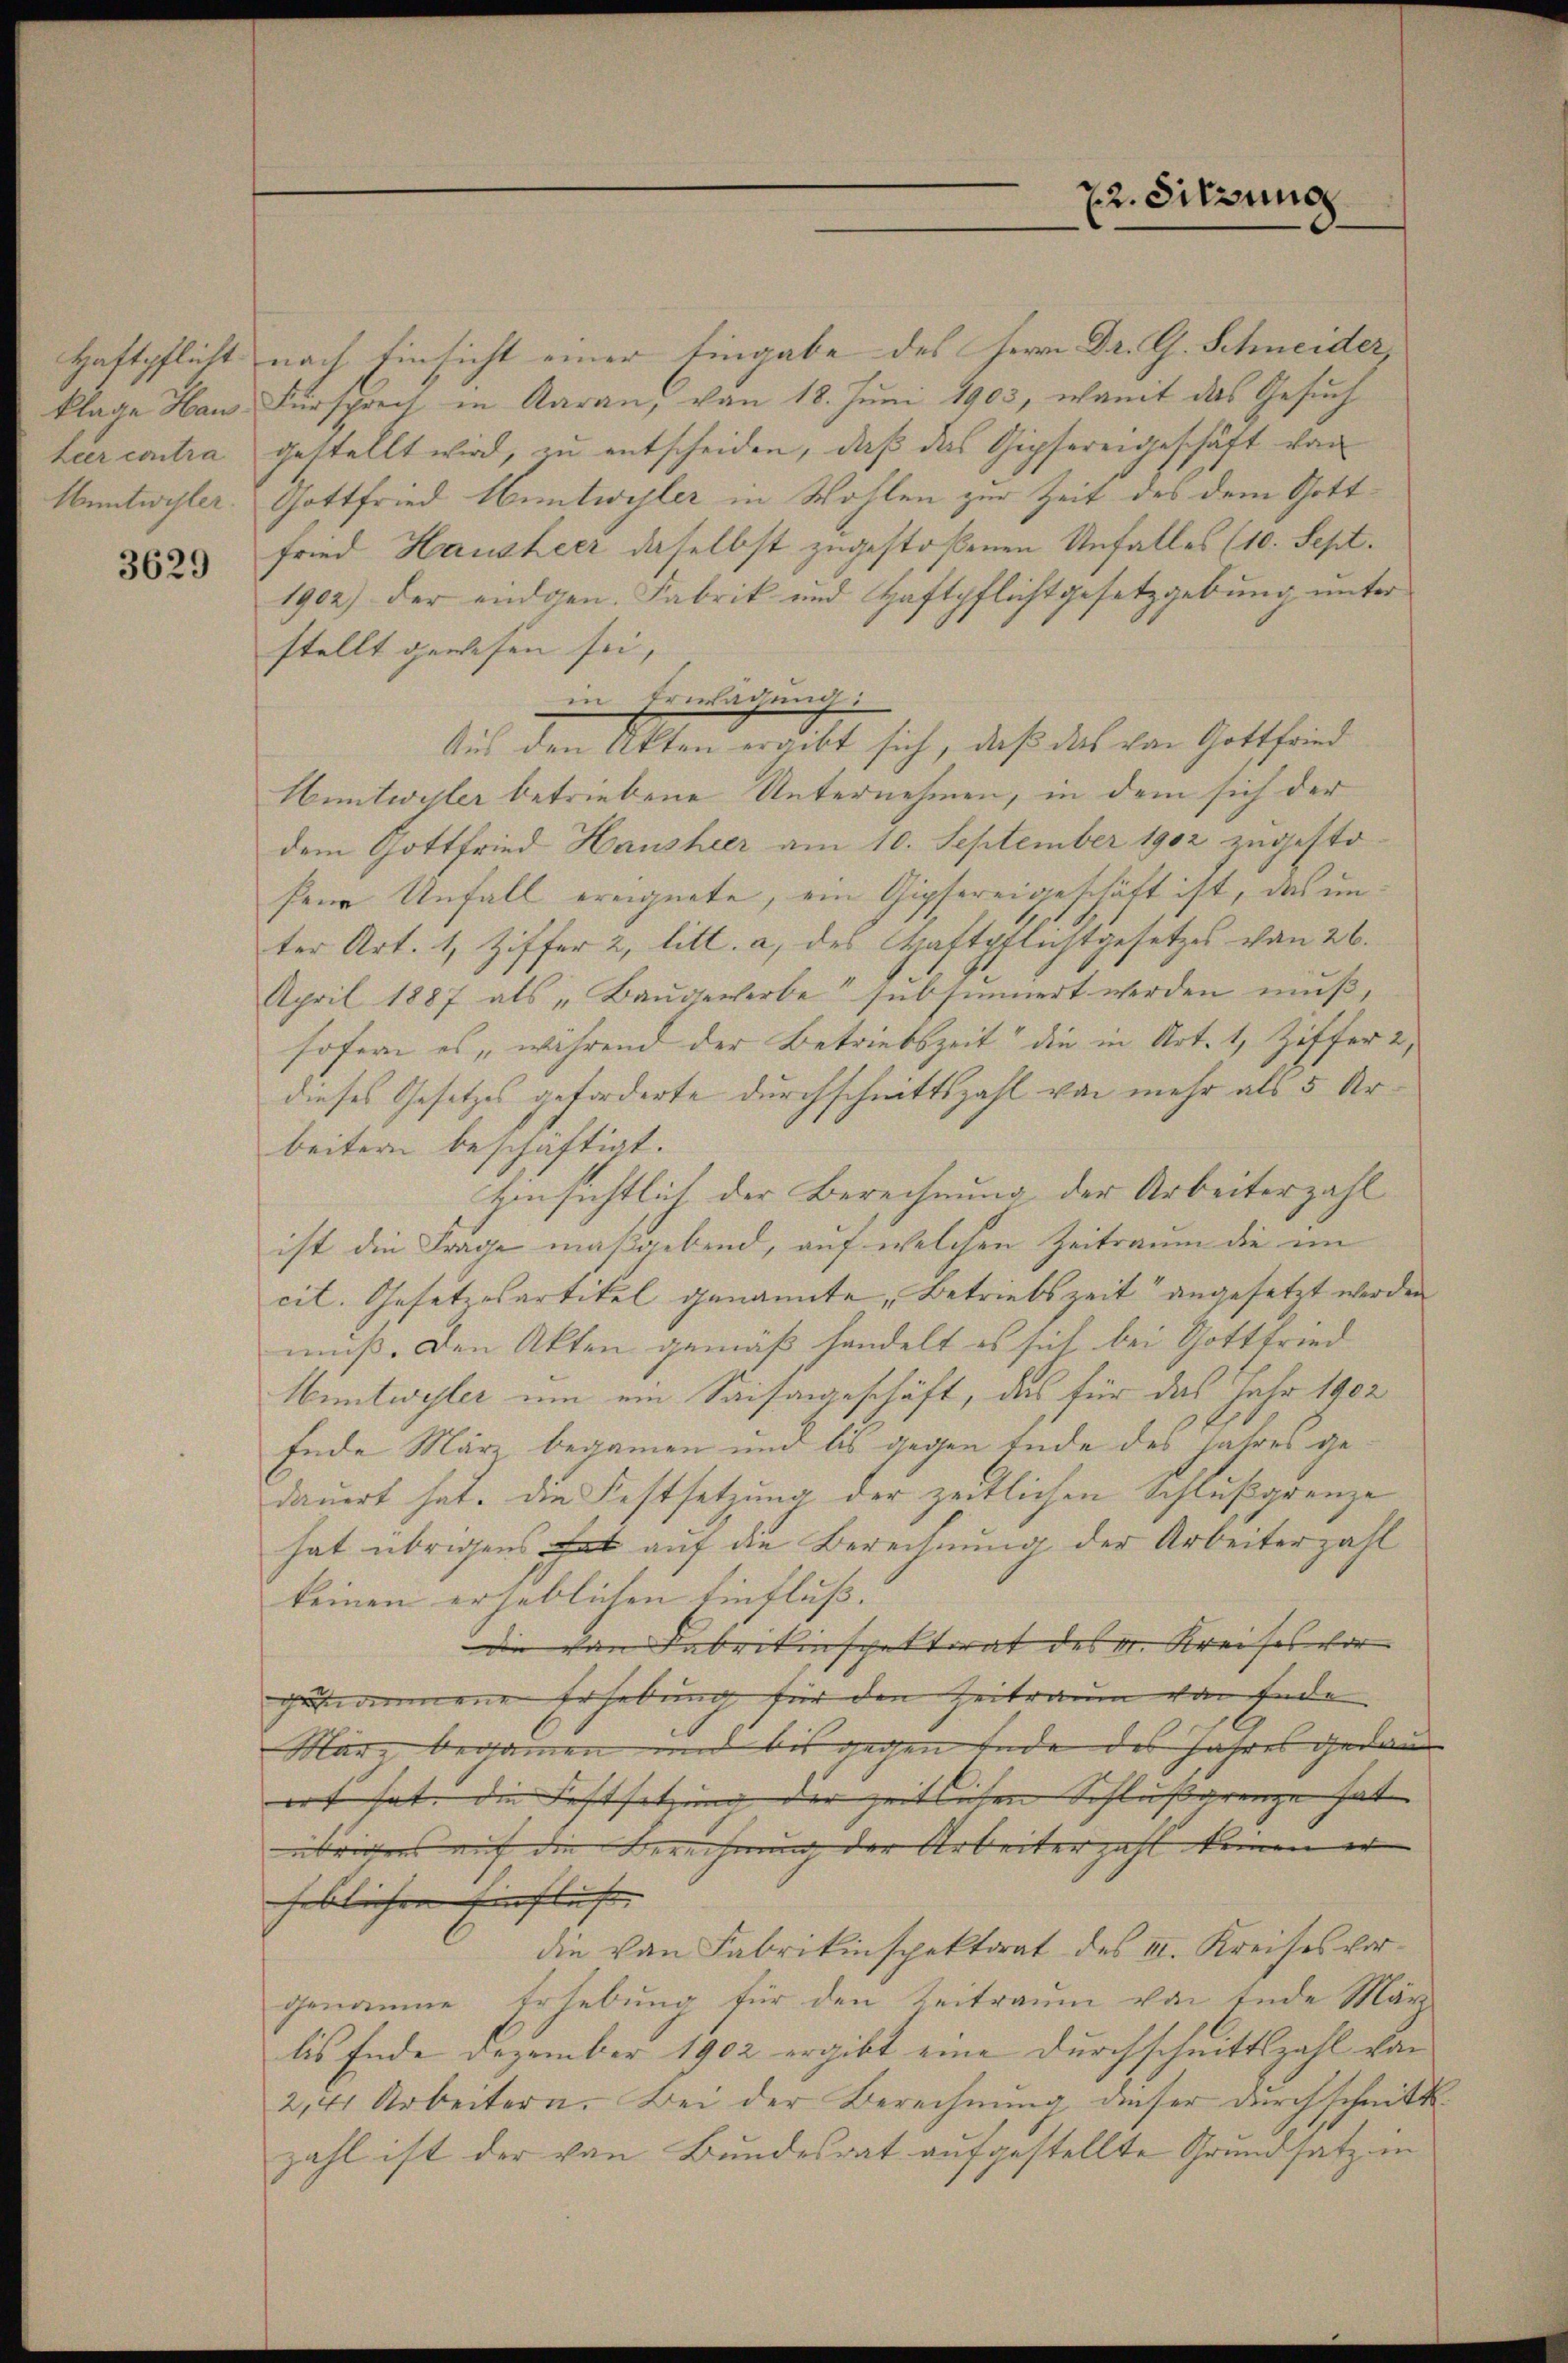
Haftpflicht
Leer contra
Hentwehler

3629

22. Sitzung

nach Einsicht einer Eingabe des Herrn Dr. G. Schneider,
klage Haus Fürschreit, in Aarau, von 18. Juni 1903, womit das Gesuch
gestellt wird, zu entscheiden, daß das Gipfereigeschäft von
Gottfried Hüntwyler in Wohlen zur Zeit des dem Gottfried Hausheer daselbst zugestoßenen Unfalles (10. Sept.
1902) der endgen. Fabrik und Haftpflichtgesetzgebung unter
stellt gewesen sei,
 Erwachung:
Aus den Akten ergibt sich, daß das von Gottfried
Hüntwyler betriebene Unternehmen, in dem sich der
dem Gottfried Hausheer am 10. September 1902 zugesto-
fene Unfall ereignete, ein Gipfereigeschäft ist, das unter Art. 1, Ziffer 2, litt. a, des Haftpflichtgesetzes von 26.
April 1887 als „Baŭgewerbe subsinnert werden muß,
sofern es während der Betriebszeit die in Art. 1, Ziffer 2,
dieses Gesetzes geforderte durchschnittszahl von mehr als 5 Arbeitern beschäftigt.
Hinsichtlich der Berechnung der Arbeiterzahl
ist die Frage maßgebend, auf welchen Zeitraum die im
cil. Gesetzesartikel genannte, Betriebszeit“ angesetzt werden
muß. Den Akten gemäß handelt es sich bei Gottfried
Hüntwyler um ein Saisangeschäft, das für das Jahr 1902
Ende März begannen und bis gegen Ende des Jahres gedauert hat. Die Festsetzung der zeitlichen Schlußgrenze
hat übrigens hat auf die Berechnung der Arbeiterzahl
keinen erheblichen Einfluß.
Die von Fabrikinspektorat des v. Kreises vor
gekommene Erhebung für den Zeitraum von Ende
Mar, begannen und bis wegen Ende des Jahres gedau
ert hat. Die Festsetzung der zeitlichen Schlußarenze hat
übrigens auf die Berechnung der Arbeiter zahl keinen er |
heblichen Einfluss. |
die von Fabrikinspektorat des II. Kreises vorgenomme Erhebung für den Zeitraum von Ende März
bis Ende Dezember 1902 ergibt eine Durchschnittszahl von
2,41 Arbeitern. Bei der Berechnŭng unser durchschnitt
zahl ist der von Bundesrat aufgestellte Grundsatz in